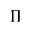
\Pi